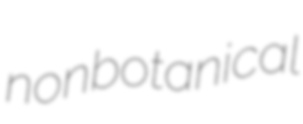
nonbotanical